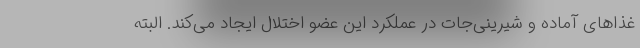
غذاهای آماده و شیرینی‌جات در عملکرد این عضو اختلال ایجاد می‌کند. البته